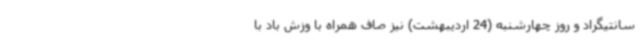
سانتیگراد و روز چهارشنبه (24 اردیبهشت) نیز صاف همراه با وزش باد با